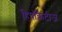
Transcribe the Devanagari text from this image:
हिपॉक्रेटीज